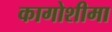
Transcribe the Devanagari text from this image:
कागोशीमा